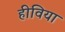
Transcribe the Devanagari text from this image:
हीविया